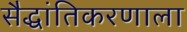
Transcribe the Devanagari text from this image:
सैद्धांतिकरणाला